Plague in India, 1896, 1897 - Volume 3
Year: 1896
Disease focus: Plague
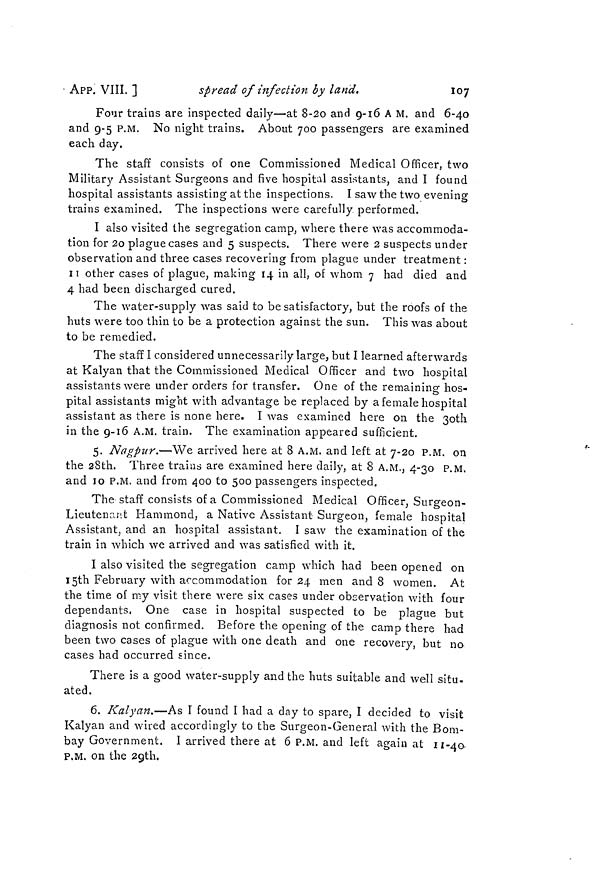
• APP. VIII. ]
spread of infection by land.
107
Four trains are inspected daily—at 8-20 and 9-16 A M. and 6-40
and 9-5 P.M. No night trains. About 700 passengers are examined
each day.
The staff consists of one Commissioned Medical Officer, two
Military Assistant Surgeons and five hospital assistants, and I found
hospital assistants assisting at the inspections. I saw the two evening
trains examined. The inspections were carefully performed.
I also visited the segregation camp, where there was accommoda-
tion for 20 plague cases and 5 suspects. There were 2 suspects under
observation and three cases recovering from plague under treatment :
11 other cases of plague, making 14 in all, of whom 7 had died and
4 had been discharged cured.
The water-supply was said to be satisfactory, but the roofs of the
huts were too thin to be a protection against the sun. This was about
to be remedied.
The staff I considered unnecessarily large, but I learned afterwards
at Kalyan that the Commissioned Medical Officer and two hospital
assistants were under orders for transfer. One of the remaining hos-
O
pital assistants might with advantage be replaced by a female hospital
assistant as there is none here. I was examined here on the 30th
in the 9-16 A.M. train. The examination appeared sufficient.
5. Nagpur.—We arrived here at 8 A.M. and left at 7-20 P.M. on
the 2Sth. Three trains are examined here daily, at 8 A.M., 4-30 P.M.
and 10 P.M. and from 400 to 500 passengers inspected.
The staff consists of a Commissioned Medical Officer, Surgeon-
Lieutenant Hammond, a Native Assistant Surgeon, female hospital
Assistant, and an hospital assistant. I saw the examination of the
train in which we arrived and was satisfied with it.
I also visited the segregation camp which had been opened on
15th February with accommodation for 24 men and 8 women. At
the time of my visit there were six cases under observation with four
dependants. One case in hospital suspected to be plague but
diagnosis not confirmed. Before the opening of the camp there had
been two cases of plague with one death and one recovery, but no
cases had occurred since.
There is a good water-supply and the huts suitable and well situ-
ated.
6. Kalyan.—As I found I had a day to spare, I decided to visit
Kalyan and wired accordingly to the Surgeon-General with the Bom-
bay Government. I arrived there at 6 P.M. and left again at 11-40
P.M. on the 29th.